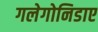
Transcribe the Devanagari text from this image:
गलेगोनिडाए